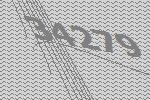
34279